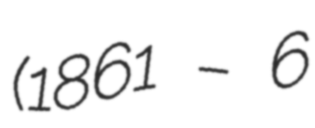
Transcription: (1861 – 6